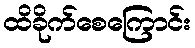
ထိခိုက်စေကြောင်း